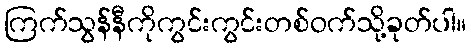
ကြက်သွန်နီကိုကွင်းကွင်းတစ်ဝက်သို့ခုတ်ပါ။